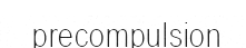
precompulsion